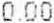
0.00